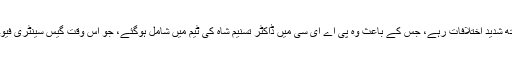
ان کے ڈاکٹر عبدالقدیر خان کے ساتھ شدید اختلافات رہے، جس کے باعث وہ پی اے ای سی میں ڈاکٹر تسنیم شاہ کی ٹیم میں شامل ہوگئے، جو اُس وقت گیس سینٹری فیوجز پر تحقیقات میں مصروف تھیں۔